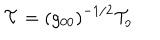
LaTeX: { \cal T } = \left( g _ { 0 0 } \right) ^ { - 1 / 2 } { \cal T } _ { o }